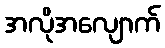
အလိုအလျောက်